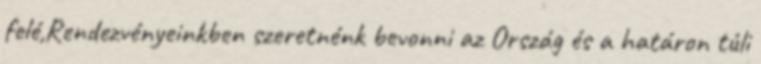
felé,Rendezvényeinkben szeretnénk bevonni az Ország és a határon túli